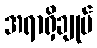
အရာရှိချုပ်